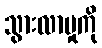
သွားလာမှုကို